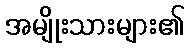
အမျိုးသားများ၏